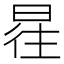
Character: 𰖿